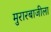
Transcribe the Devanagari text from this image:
मुरारबाजीला